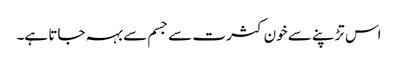
اس تڑپنے سے خون کثرت سے جسم سے بہہ جاتا ہے۔